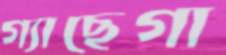
গ্যাছেগা